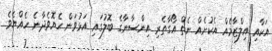
އަކާއި އިލްޒާމެއް އެކުށެއް ނެތް އޯގާތެރި އިންސާނާގެ ބޮލުގައި އަޅުވަން ހެޔޮވެދާނެ ހެއްޔެވެ